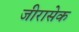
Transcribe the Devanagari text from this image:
जीरासेक